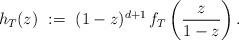
LaTeX: \begin{align*}h_T(z) \ := \ (1-z)^{d+1} \, f_T\left(\frac{z}{1-z}\right).\end{align*}